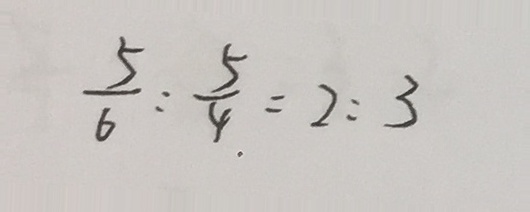
\frac { 5 } { 6 } : \frac { 5 } { 4 } = 2 : 3